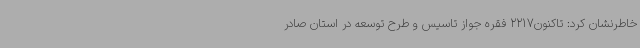
خاطرنشان کرد: تاکنون2217 فقره جواز تاسیس و طرح توسعه در استان صادر